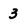
Character: 3